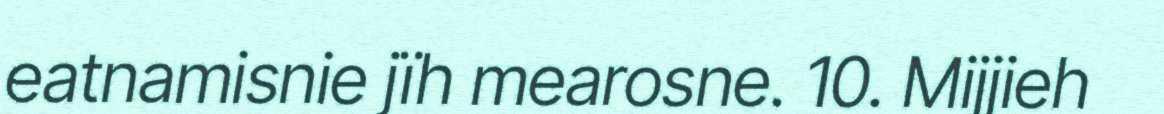
eatnamisnie jïh mearosne. 10. Mijjieh